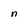
Character: n